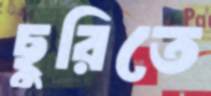
ছুরিতে